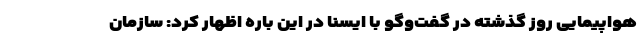
هواپیمایی روز گذشته در گفت‌وگو با ایسنا در این باره اظهار کرد: سازمان